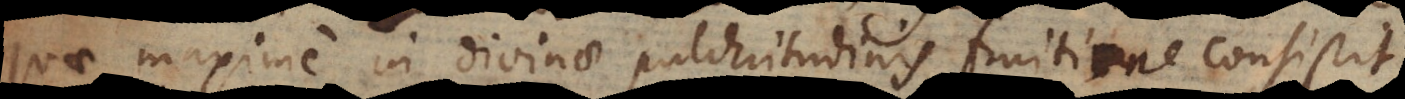
quae maxime in divinae pulchritudinis fruitione consistit,